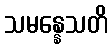
သမန္နေသတိ